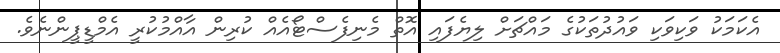
އެކަމަކު ވަކިވަކި ވައުދުތަކުގެ މައްޗަށް ލިޔެފައި އޮތް މެނިފެސްޓޯއެއް ކުރިން އާއްމުކުރީ އެމްޑީޕީންނެވެ.